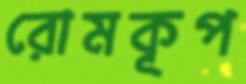
রোমকূপ